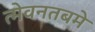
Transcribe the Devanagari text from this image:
त्मेवनतबमे